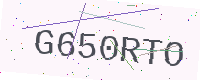
Text: G650RTO